Development of the Leishman-Donovan parasite in Cimex rotundatus - Number 31
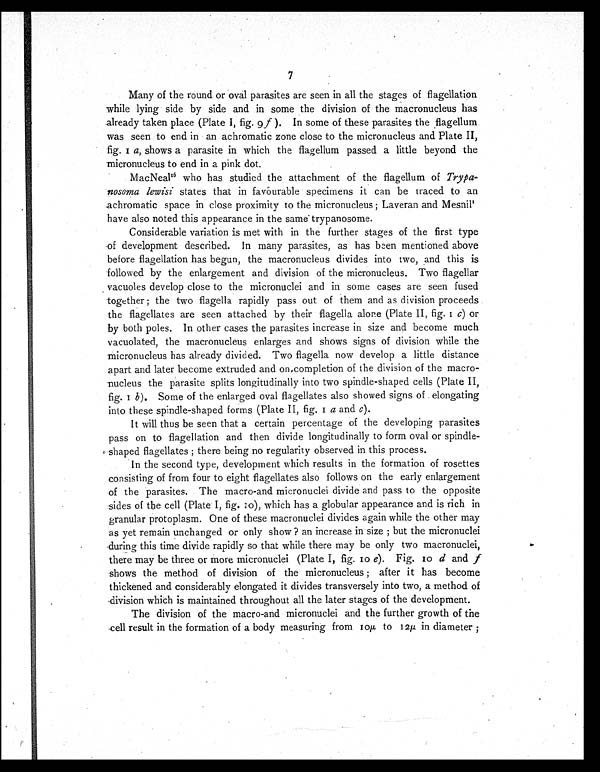
7
Many of the round or oval parasites are seen in all the stages of flagellation
while lying side by side and in some the division of the macronucleus has
already taken place (Plate I, fig. 9f ). In some of these parasites the flagellum
was seen to end in an achromatic zone close to the micronucleus and Plate II,
fig. 1a , s h o w s a p a r a s i t e i n w h i c h t h e f l a g e l l u m p a s s e d a l i t t l e b e y o n d t h e
micronucleus to end in a pink dot.
MacNeal16 who has studied the attachment of the flagellum of
T r y p a - n o s o m a l e w i s i
s t a t e s t h a t i n f a v o u r a b l e s p e c i m e n s i t c a n b e t r a c e d t o a n
achromatic space in close proximity to the micronucleus ; Laveran and Mesnil1
have also noted this appearance in the same trypanosome.
Considerable variation is met with in the further stages of the first type
of development described. In many parasites, as has been mentioned above
before flagellation has begun, the macronucleus divides into two, and this is
followed by the enlargement and division of the micronucleus. Two flagellar
vacuoles develop close to the micronuclei and in some cases are seen fused
together ; the two flagella rapidly pass out of them and as division proceeds
the flagellates are seen attached by their flagella alone (Plate II, fig. 1 c ) o r
by both poles. In other cases the parasites increase in size and become much
vacuolated, the macronucleus enlarges and shows signs of division while the
micronucleus has already divided. Two flagella now develop a little distance
apart and later become extruded and on completion of the division of the macro-
nucleus the parasite splits longitudinally into two spindle-shaped cells (Plate II,
fig. 1 b ). Some of the enlarged oval flagellates also showed signs of elongating
into these spindle-shaped forms (Plate II, fig. 1 a a n d
c ) .
It will thus be seen that a certain percentage of the developing parasites
pass on to flagellation and then divide longitudinally to form oval or
s p i n d l e - s h a p e d f l a g e l l a t e s ; t h e r e b e i n g n o r e g u l a r i t y o b s e r v e d i n t h i s p r o c e s s .
In the second type, development which results in the formation of rosettes
consisting of from four to eight flagellates also follows on the early enlargement
of the parasites. The macro-and micronuclei divide and pass to the opposite
sides of the cell (Plate I, fig. 10), which has a globular appearance and is rich in
granular protoplasm. One of these macronuclei divides again while the other may
as yet remain unchanged or only show ? an increase in size ; but the micronuclei
during this time divide rapidly so that while there may be only two macronuclei,
there may be three or more micronuclei (Plate I, fig. 10 e). Fig. 10 d and f
shows the method of division of the micronucleus ; after it has become
thickened and considerably elongated it divides transversely into two, a method of
division which is maintained throughout all the later stages of the development.
The division of the macro-and micronuclei and the further growth of the
cell result in the formation of a body measuring from 10µ to 12µ in diameter ;